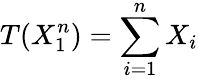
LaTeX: T(X_{1}^{n})=\sum_{i=1}^{n}X_{i}